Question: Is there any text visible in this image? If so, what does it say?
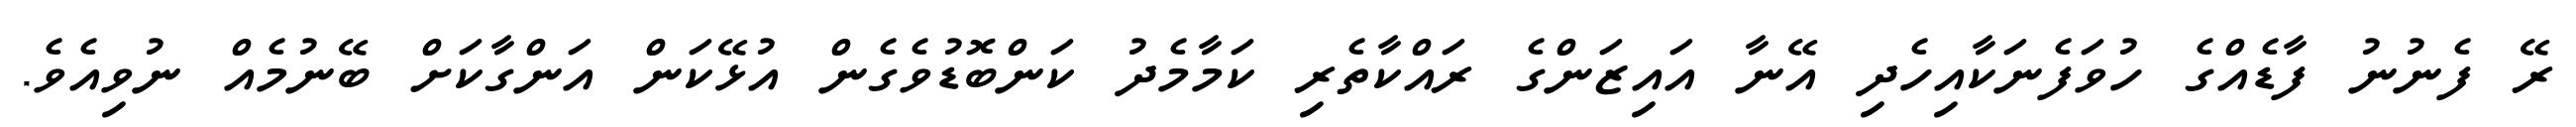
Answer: ރޭ ފެނުނު ފާޑެއްގެ ހުވަފެނަކާއިހެދި އޭނާ އައިޒަންގެ ރައްކާތެރި ކަމާމެދު ކަންބޮޑުވެގެން އުޅޭކަން އަންގާކަށް ބޭނުމެއް ނުވިއެވެ.